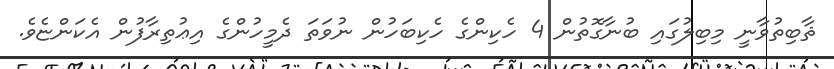
ޘާބިތުވާނީ މިބިލުގައި ބުނާގޮތުން 4 ހެކިންގެ ހެކިބަހުން ނުވަތަ ދެމީހުންގެ އިޢުތިރާފުން އެކަންޏެވެ.